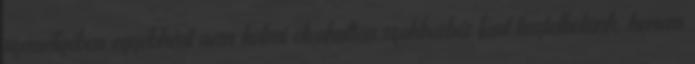
személyében egyébként nem holmi elvakultan szakbarbár fant tisztelhetünk, hanem